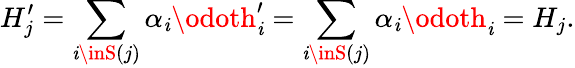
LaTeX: H_{j}^{\prime}=\sum_{\mathit{i}\inS(j)}\alpha_{\mathit{i}}\odoth_{\mathit{i}}^{\prime}=\sum_{\mathit{i}\inS(j)}\alpha_{\mathit{i}}\odoth_{\mathit{i}}=H_{j}.